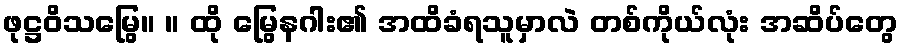
ဖုဋ္ဌဝိသမြွေ။ ။ ထို မြွေနဂါး၏ အထိခံရသူမှာလဲ တစ်ကိုယ်လုံး အဆိပ်တွေ